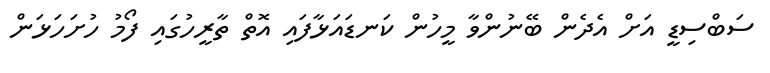
ސަބްސިޑީ އަށް އެދެން ބޭނުންވާ މީހުން ކަނޑައަޅާފައި އޮތް ތާރީހުގައި ފޯމު ހުށަހަޅަން